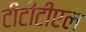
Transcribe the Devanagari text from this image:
टीटीटीएल